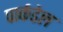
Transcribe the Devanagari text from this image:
पार्कडेल